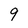
Character: 9